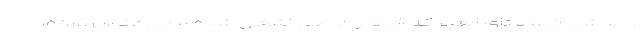
و بخشی از روستای العجر که آن‌ها را اراضی اشغال شده لبنان عنوان کرده،